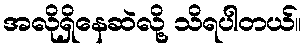
အလိုရှိနေဆဲလို့ သိရပါတယ်။